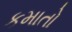
કમાતો